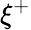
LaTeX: \xi^{+}